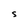
Character: S